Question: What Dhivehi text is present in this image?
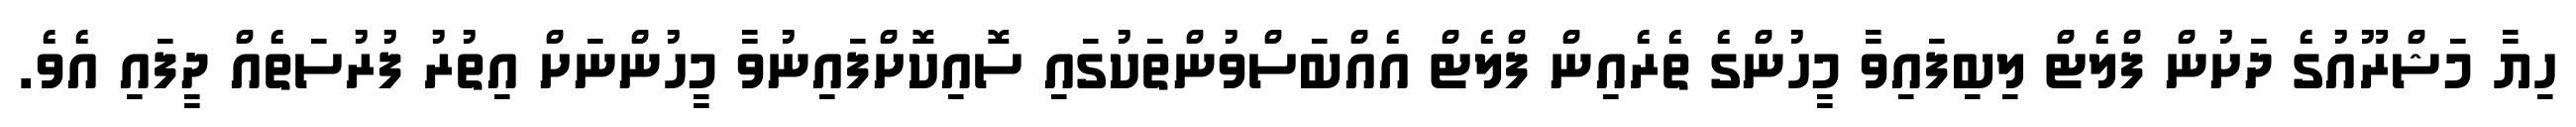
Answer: ހިޔާ މަޝްރޫއުގެ ދަށުން ފްލެޓް ލިބިފައިވާ މީހުންގެ ތެރެއިން ފްލެޓް އެއްބަސްވުންތަކުގައި ސޮއިކޮށްފައިނުވާ މީހުންނަށް އިތުރު ފުރުސަތެއް ދީފައި އެވެ.